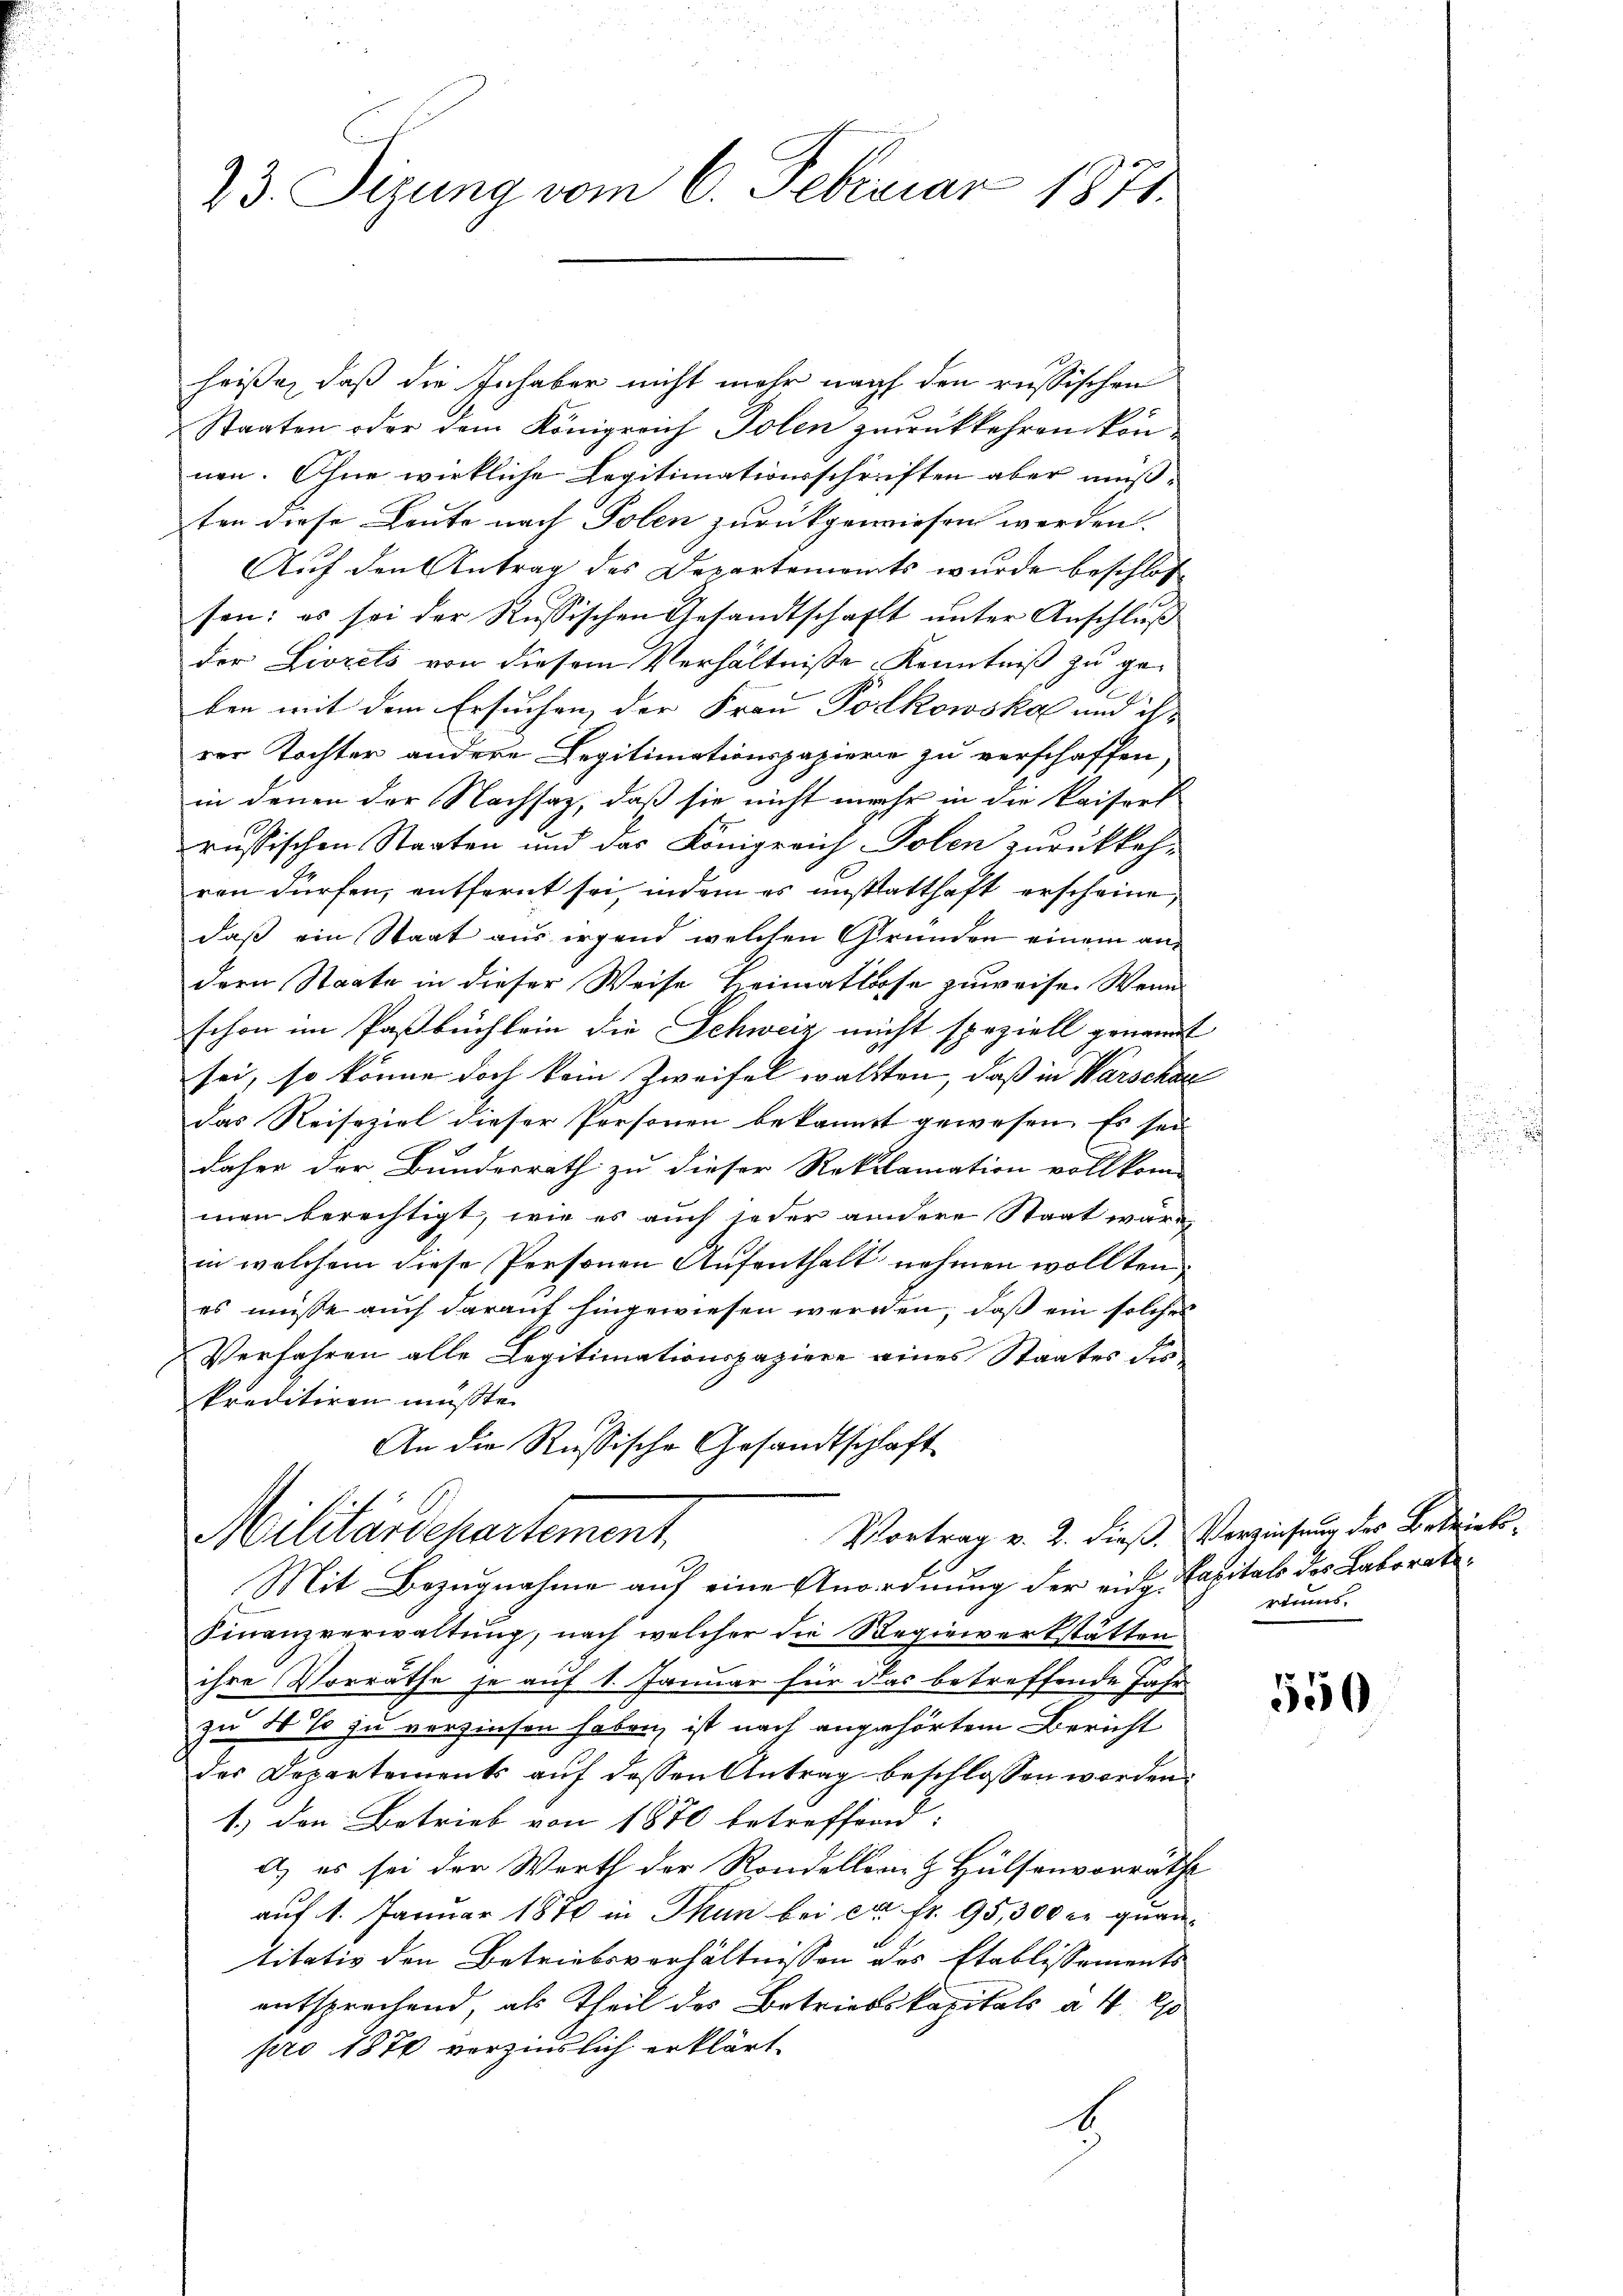
23. Sizung vom 6. Februar 1871.

heiße, daß die Inhaber nicht mehr nach den russischen
& Staaten oder dem Königreich Polen zurückkehren können. Ohne wirkliche Legitimationsschriften aber müß-
ten diese Leute nach Polen zurückgewiesen werden.
Auf den Antrag des Departements wurde beschlos
sen: es sei der Russischen Gesandtschafft unter Anschluß
der Livrels von diesem Verhältniße Kenntniß zu geben mit dem Ersuchen der Frau Podkowska und is
rer Tochter andere Legitimationspapiere zu verschaffen,
in denen der Nachsaz, daß sie nicht mehr in die kaisers
russischen Staaten und das Königreich Polen zurückkehren dürfen, entfernt sei, indem es unsstatthaft erscheine
daß ein Staat aus irgend welchen Gründen einem andern Staate in dieser Weise Heimatlose zuweise. Wenn
schon im Paßbüchlein die Schweiz nicht speziell genannt
sei, so könne doch kein Zweifel waltten, daß in Warschau
das Reiseziel dieser Personen bekannt gewesen. Es sei
daher der Bundesrath zu dieser Reklamation vollkom-
men berechtigt, wie es auch jeder andere Staat wär
in welchem diese Personen Aufenthalt nehmen wollten,
es müsse auch darauf hingewiesen werden, daß ein solches
Verfahren alle Legitimationspaziere eines Staates dis
kreditiren musste.
An die Russische Gesandtschaft

Militärdepartement
Mit Bezugnahme auf eine Anordnung der eidg. Kapitals des Laborati¬

Vortrag v. 2. dieß, Verzinsung des Betriebs¬
Finanzverwaltŭng, nach welcher die Regiewerkstätten
ihre Vorräthe je auf 1. Januar für das betreffende Jahr
zu 4% zu verzinsen haben, ist nach angehörtem Bericht
des Departements auf dessen Antrag beschlossen worden.
1.) den Betrieb von 1870 betreffend,
a) es sei der Werth der Randeller & Hülfenvorräth
auf 1. Januar 1876 in Thun bei ca Fr. 95,300 ce quantitativ den Betriebsverhältnissen des Etablissements
entsprechend, als Theil des Betriebskapitals a 4 E
pro 1876 verzinslich erklärt.
1

rönens.

550